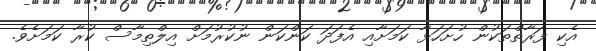
އެކި ފަރާތްތަކުން ހުށަހަޅާ ކަމަށާއި އެފަދަ ކަންކަން ނުކުރުމަށް އިލްތިމާސް ކުރާ ކަމަށެވެ.